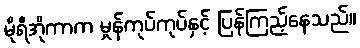
မိုရီအိုကာက မှုန်ကုပ်ကုပ်နှင့် ပြန်ကြည့်နေသည်။